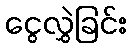
ငွေလွှဲခြင်း